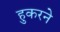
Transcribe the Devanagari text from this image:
हुकरने